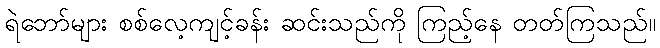
ရဲဘော်များ စစ်လေ့ကျင့်ခန်း ဆင်းသည်ကို ကြည့်နေ တတ်ကြသည်။